Annual report of the Punjab Veterinary College and of the Civil Veterinary Department, Punjab - 1926-1932
Year: 1926
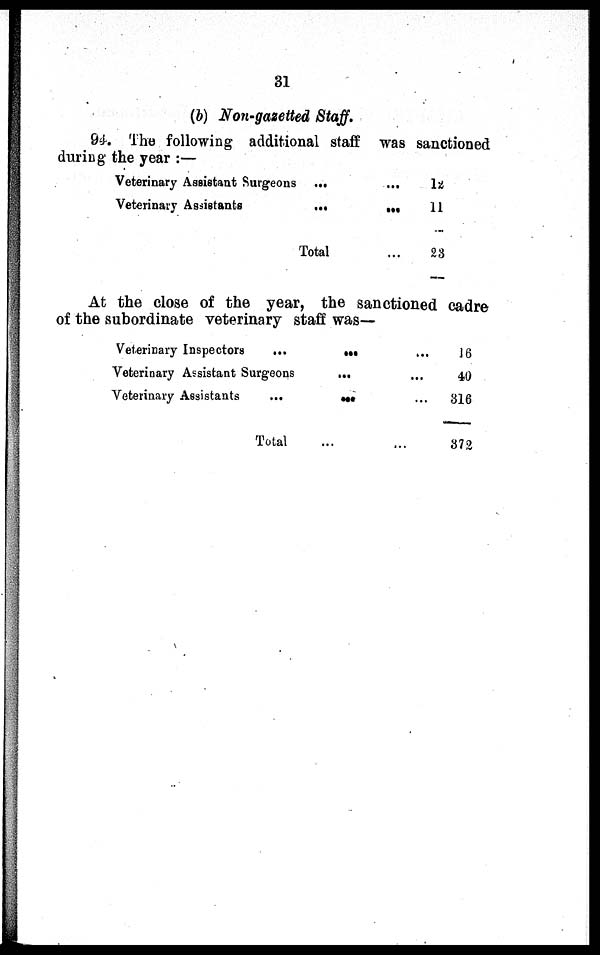
31
(b) Non-gazetted Staff.
94. The following additional staff was sanctioned
during the year :—
Veterinary Assistant Surgeons... ...
Veterinary Assistants... ...
Total...
12
11
23
At the close of the year, the sanctioned cadre
of the subordinate veterinary staff was —
Veterinary Inspectors
... …
Veterinary Assistant Surgeons …
Veterinary Assistants ... ... ...
Total ... ...
16
40
316
372